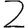
Digit: 2